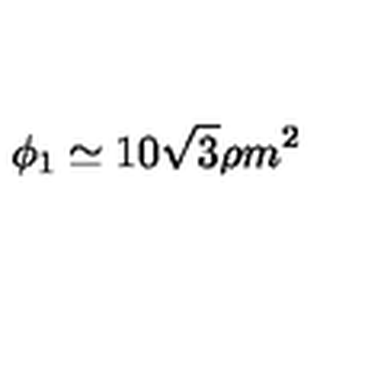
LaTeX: \phi _ { 1 } \simeq 1 0 \sqrt { 3 } \rho m ^ { 2 }